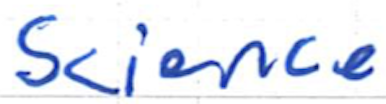
Text: Science
Cross-out: clean
Writing tool: ballpoint